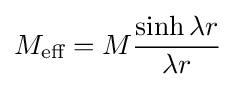
M_{\text{eff}}=M{\frac {\sinh \lambda r}{\lambda r}}